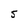
Character: S